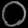
Digit: ၀